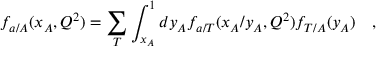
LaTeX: f _ { a / A } ( x _ { A } , Q ^ { 2 } ) = \sum _ { T } \int _ { x _ { A } } ^ { 1 } d y _ { A } f _ { a / T } ( x _ { A } / y _ { A } , Q ^ { 2 } ) f _ { T / A } ( y _ { A } ) \ \ \ ,